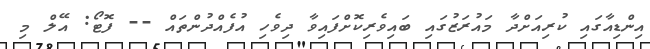
އިންޑިއާގައި ކުރިއަށްދާ މައުރަޒުގައި ބައިވެރިކޮށްފައިވާ ދިވެހި އުފެއްދުންތައް -- ފޮޓޯ: އޭލް މި